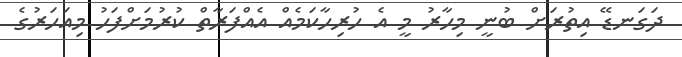
ދަގަނޑޭ އިތުރަށް ބުނީ މިހާރު މީ އެ ހުރިހާކަމެއް އެއްފަރާތް ކުރުމަށްފަހު މިއަހަރުގެ